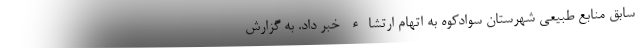
سابق منابع طبیعی شهرستان سوادکوه به اتهام ارتشاء خبر داد. به گزارش